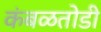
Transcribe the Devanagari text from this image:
कंबळतोडी